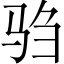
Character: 驺